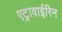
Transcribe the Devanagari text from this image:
एट्रावाईरिन